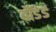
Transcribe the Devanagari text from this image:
बौंडेड